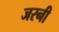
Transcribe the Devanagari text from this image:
जरनी